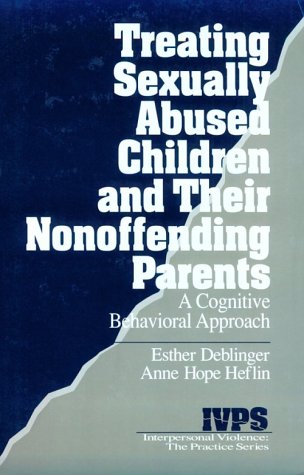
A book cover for Treating Sexually Abused Children and Their Nonoffending Parents: A Cognitive Behavioral Approach (Interpersonal Violence: The Practice Series); Esther Deblinger; Parenting & Relationships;